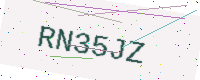
Text: RN35JZ